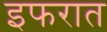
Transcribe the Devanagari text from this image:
इफरात